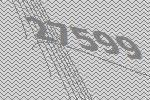
27599